Indian journal of veterinary science and animal husbandry - Volume 14,
Year: 1944
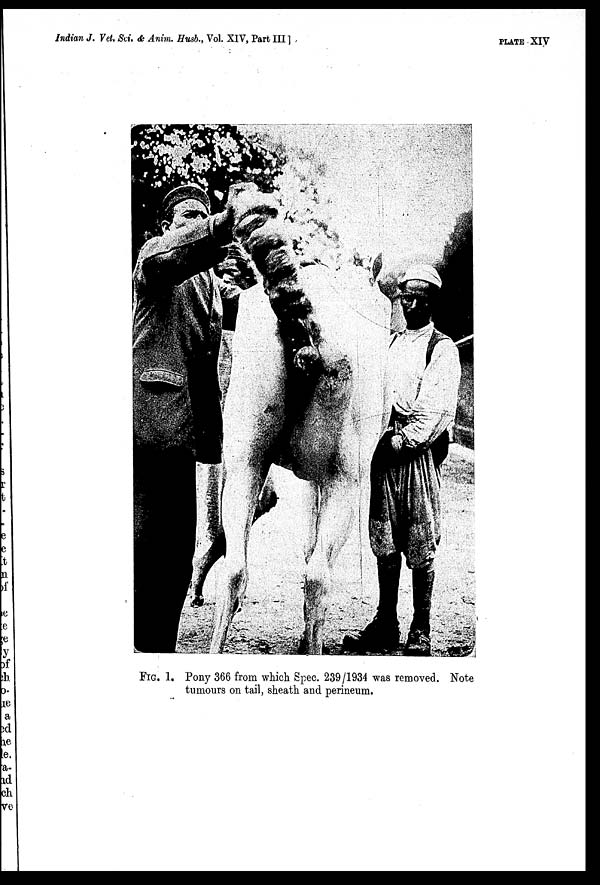
Indian J. Vet. Sci. & Anim. Husb., Vol. XIV, Part III ]
PLATE XIV
FIG. 1. Pony 366 from which Spec. 239/1934 was removed. Note
tumours on tail, sheath and perineum.